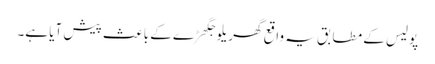
پولیس کے مطابق یہ واقع گھریلو جگھڑے کے باعث پیش آیا ہے۔